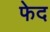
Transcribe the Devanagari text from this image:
फेद